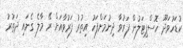
ކުޑަހުވަދޫ ހޮސްޕިޓަލުން ފަރުވާ ދިނުމަށްފަހު އިތުރު ފަރުވާއަށް ރޭ މާލެ ގެނައި ދަތުރު